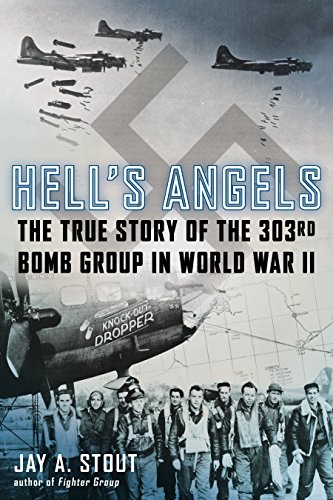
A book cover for Hell's Angels: The True Story of the 303rd Bomb Group in World War II; Jay A. Stout; History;